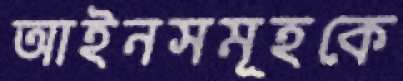
আইনসমূহকে